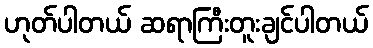
ဟုတ်ပါတယ် ဆရာကြီးတူးချင်ပါတယ်